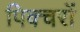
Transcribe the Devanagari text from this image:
पिक्चरों